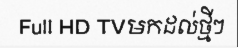
Full HD TVមកដល់ថ្មីៗ